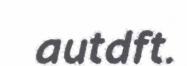
autdft.